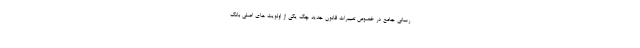
رسانی جامع در خصوص تغییرات قانون جدید چک یکی از اولویت های اصلی بانک